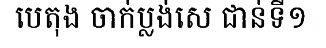
បេតុង ចាក់ប្លង់សេ ជាន់ទី១